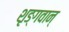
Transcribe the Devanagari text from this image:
शृङ्गवान्